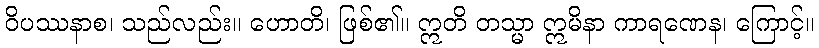
ဝိပဿနာစ၊ သည်လည်း။ ဟောတိ၊ ဖြစ်၏။ ဣတိ တသ္မာ ဣမိနာ ကာရဏေန၊ ကြောင့်။